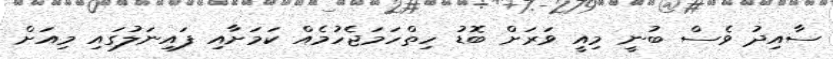
ސާއިދު ވެސް ބުނީ މިއީ ވަރަށް ބޮޑު ހިތްހަމަޖެހުމެއް ކަމަށާއި ފައިނަލުގައި މިއަށް